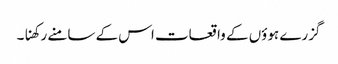
گزرے ہوؤں کے واقعات اس کے سامنے رکھنا۔